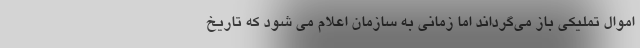
اموال تملیکی باز می‌گرداند اما زمانی به سازمان اعلام می شود که تاریخ